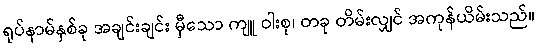
ရုပ်နာမ်နှစ်ခု အချင်းချင်း မှီသော ကျူ ဝါးစု၊ တခု တိမ်းလျှင် အကုန်ယိမ်းသည်။